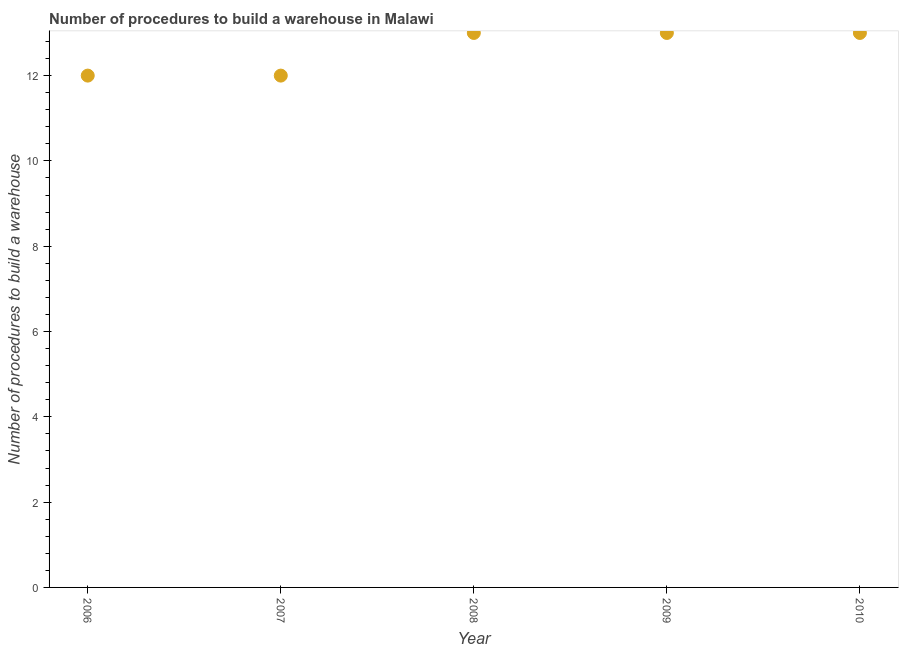
| Year | Build a warehouse |
 | --- | --- |
 | 2006 | 12 |
 | 2007 | 12 |
 | 2008 | 13 |
 | 2009 | 13 |
 | 2010 | 13 |